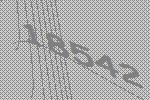
18542